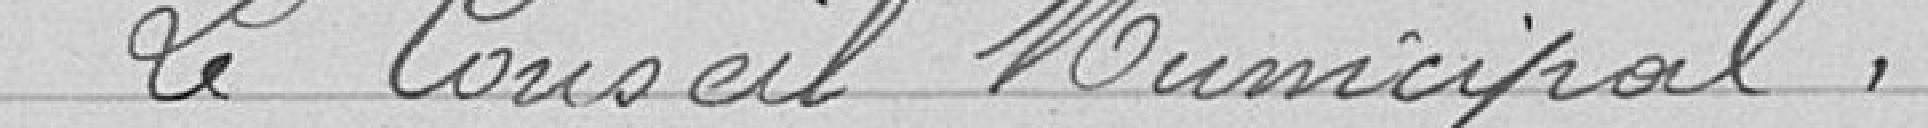
Le Conseil Municipal,